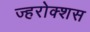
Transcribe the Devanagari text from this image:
ज्हरोक्शस